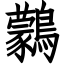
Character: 鸏